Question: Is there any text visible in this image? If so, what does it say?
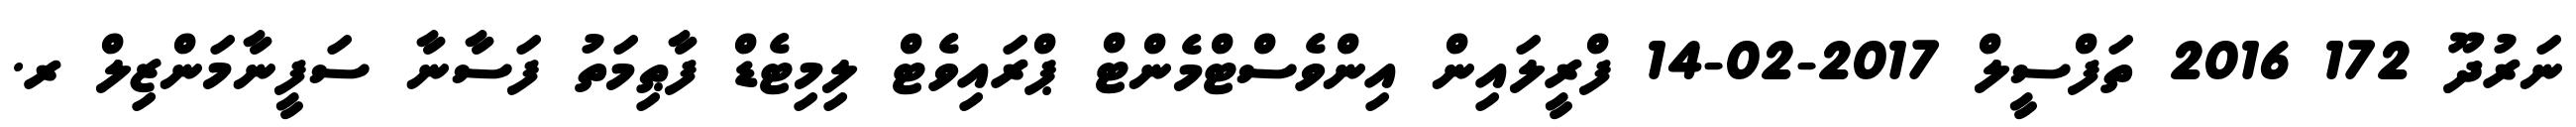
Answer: ނަރުދޫ 172 2016 ތަފްސީލް 2017-02-14 ފްރީލައިން އިންވެސްޓްމެންޓް ޕްރައިވެޓް ލިމިޓެޑް ފާޠިމަތު ފަސާނާ ސަފީނާމަންޒިލް ރ.